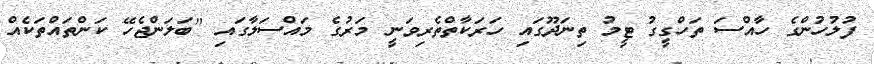
ފުލުހުންގެ ހާއްސަ ތަހްގީގު ޓީމު ތިނަދޫގައި ހަރަކާތްތެރިވަނީ މަރުގެ މައްސަލާގައި "ބަލަންޖެހޭ ކަންތައްތަކެއް